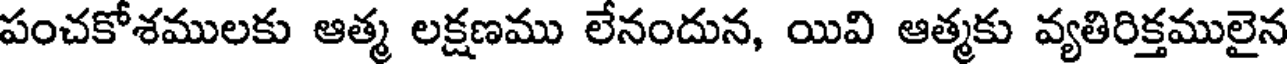
పంచకోశములకు ఆత్మ లక్షణము లేనందున, యివి ఆత్మకు వ్యతిరిక్తములైన